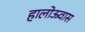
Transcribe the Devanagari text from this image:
हालोऊवास